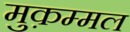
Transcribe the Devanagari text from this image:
मुक़म्मल